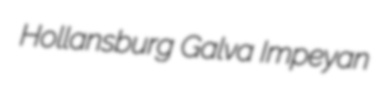
Hollansburg Galva Impeyan